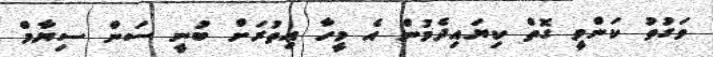
ވަގުތު ކަންވީ ގޮތް ކިޔައިދެމުން އެ މީހާ އިތުރަށް ބުނީ ސަން ސިޔާމް